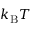
k _ { \mathrm { B } } T